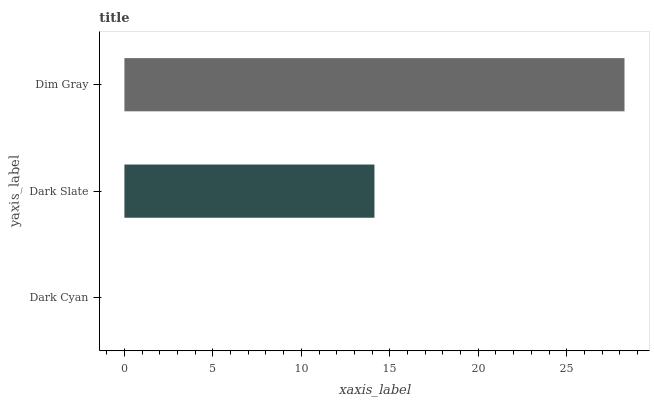
| yaxis_label | bars |
 | --- | --- |
 | Dark Cyan | 0 |
 | Dark Slate | 14.1 |
 | Dim Gray | 28.3 |